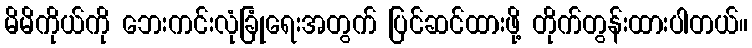
မိမိကိုယ်ကို ဘေးကင်းလုံခြုံရေးအတွက် ပြင်ဆင်ထားဖို့ တိုက်တွန်းထားပါတယ်။